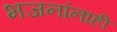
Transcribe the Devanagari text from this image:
भजनांनाही